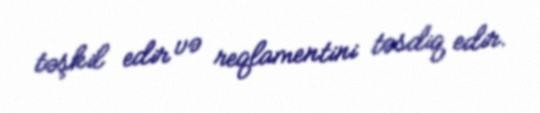
təşkil edir və reqlamentini təsdiq edir.